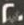
20